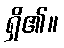
ရှိ၏။